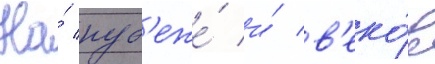
На́ руб'еже́ и́ в'еко́в